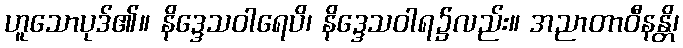
ဟူသောပုဒ်၏။ နိဒ္ဒေသဝါရေပိ၊ နိဒ္ဒေသဝါရ၌လည်း။ အညာတာဝီနန္တိ၊